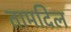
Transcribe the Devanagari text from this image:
तामदिल